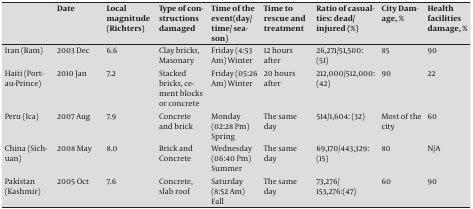
|  | Date | Local magnitude (Richters) | Type of constructions damaged | Time of the event(day/ time/ season) | Time to rescue and treatment | Ratio of casualties: dead/ injured (%) | City Damage, % | Health facilities damage, % |
 | --- | --- | --- | --- | --- | --- | --- | --- | --- |
 | Iran (Bam) | 2003 Dec | 6.6 | Clay bricks, Masonary | Friday (4:53 Am) Winter | 12 hours after | 26,271/51,500: (51) | 85 | 90 |
 | Haiti (Portau- Prince) | 2010 Jan | 7.2 | Stacked bricks, cement blocks or concrete | Friday (05:26 Am) Winter | 20 hours after | 212,000/512,000: (42) | 90 | 22 |
 | Peru (Ica) | 2007 Aug | 7.9 | Concrete and brick | Monday (02:28 Pm) Spring | The same day | 514/1,604: (32) | Most of the city | 60 |
 | China (Sichuan) | 2008 May | 8.0 | Brick and Concrete | Wednesday (06:40 Pm) Summer | The same day | 69,170/443,329: (15) | 80 | N/A |
 | Pakistan (Kashmir) | 2005 Oct | 7.6 | Concrete, slab roof | Saturday (8:52 Am) Fall | The same day | 73,276/ 153,276:(47) | 60 | 90 |